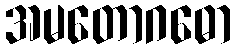
အမတောဂဓော